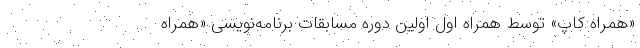
«همراه کاپ» توسط همراه اول اولین دوره مسابقات برنامه‌نویسی «همراه